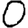
Digit: 0